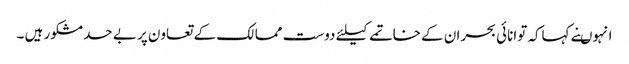
انہوںنے کہاکہ توانائی بحران کے خاتمے کیلئے دوست ممالک کے تعاون پر بے حد مشکور ہیں ۔